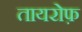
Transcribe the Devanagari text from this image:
तायरोफ़